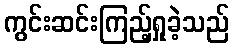
ကွင်းဆင်းကြည့်ရှုခဲ့သည်